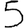
Digit: 5